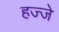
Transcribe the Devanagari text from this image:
हज्जे